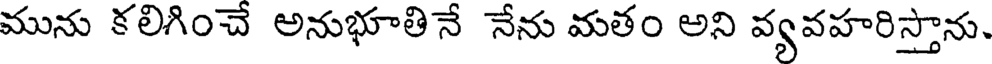
మును కలిగించే అనుభూతినే నేను మతం అని వ్యవహరిస్తాను,